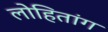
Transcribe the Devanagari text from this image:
लोहितांग